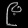
Digit: ၉